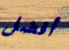
أفضل